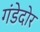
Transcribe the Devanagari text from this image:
गंडेदोर